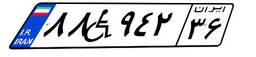
۸۸W۹۴۲۳۶